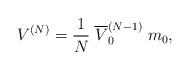
LaTeX: \begin{align*}V^{(N)} = \frac{1}{N} \; \overline{V}_0^{(N-1)} \; m_0 ,\end{align*}